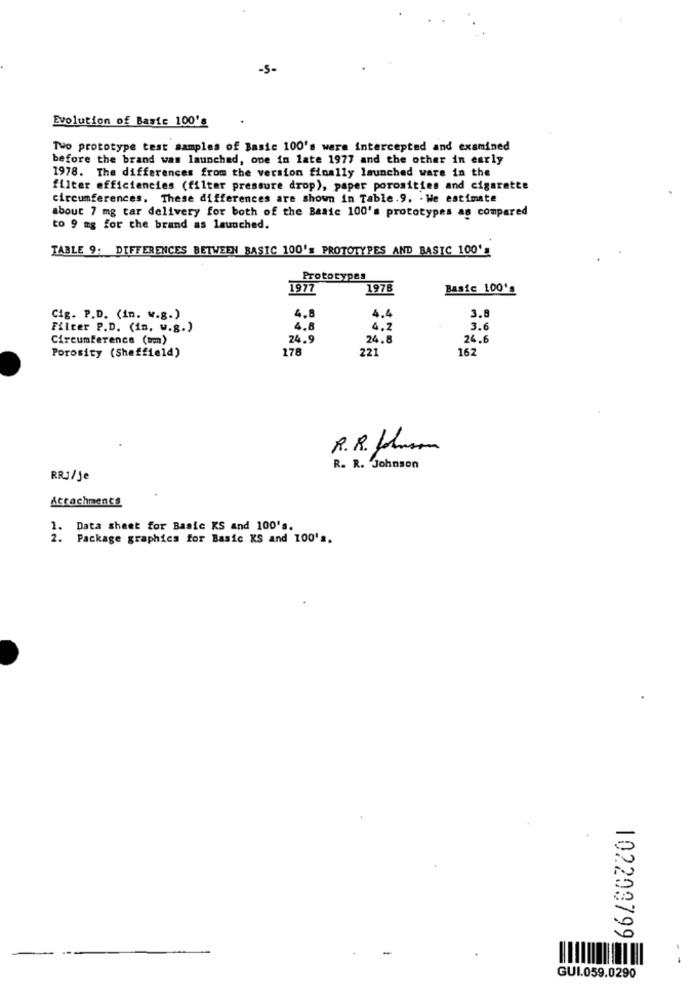
-5-
Evolution of Basic 100's
Two prototype test samples of Basic 100's wars intercepted and examined
before the brand was launched, one in late 1977 and the other in early
1978. The differences from the version finally launched ware in the
filter efficiencies (filter pressure drop), paper porosities and cigarette
circumferences. These differences are shown in Table.9. . We estimate
about 7 mg tar delivery for both of the Basic 100's prototypes as compared
to 9 mg for the brand as launched.
TABLE 9: DIFFERENCES BETWEEN BASIC 100's PROTOTYPES AND BASIC 100'
Prototypes
1977
1978
Basic 100's
4.8
4.4
Cig. P.D. (in. w.g.)
3.8
Filter P.D. (in. w.g.)
4.8
4.2
3.6
Circumference (tm)
24.9
24.8
24.6
178
221
162
Porosity (Sheffield)
R.R. Johnson
R. R. Johnson
RRJ/je
Accachments
1.
Data sheet for Basic KS and 100's.
2. Package graphics for Basic KS and 100's.
102203799
GUI.059.0290